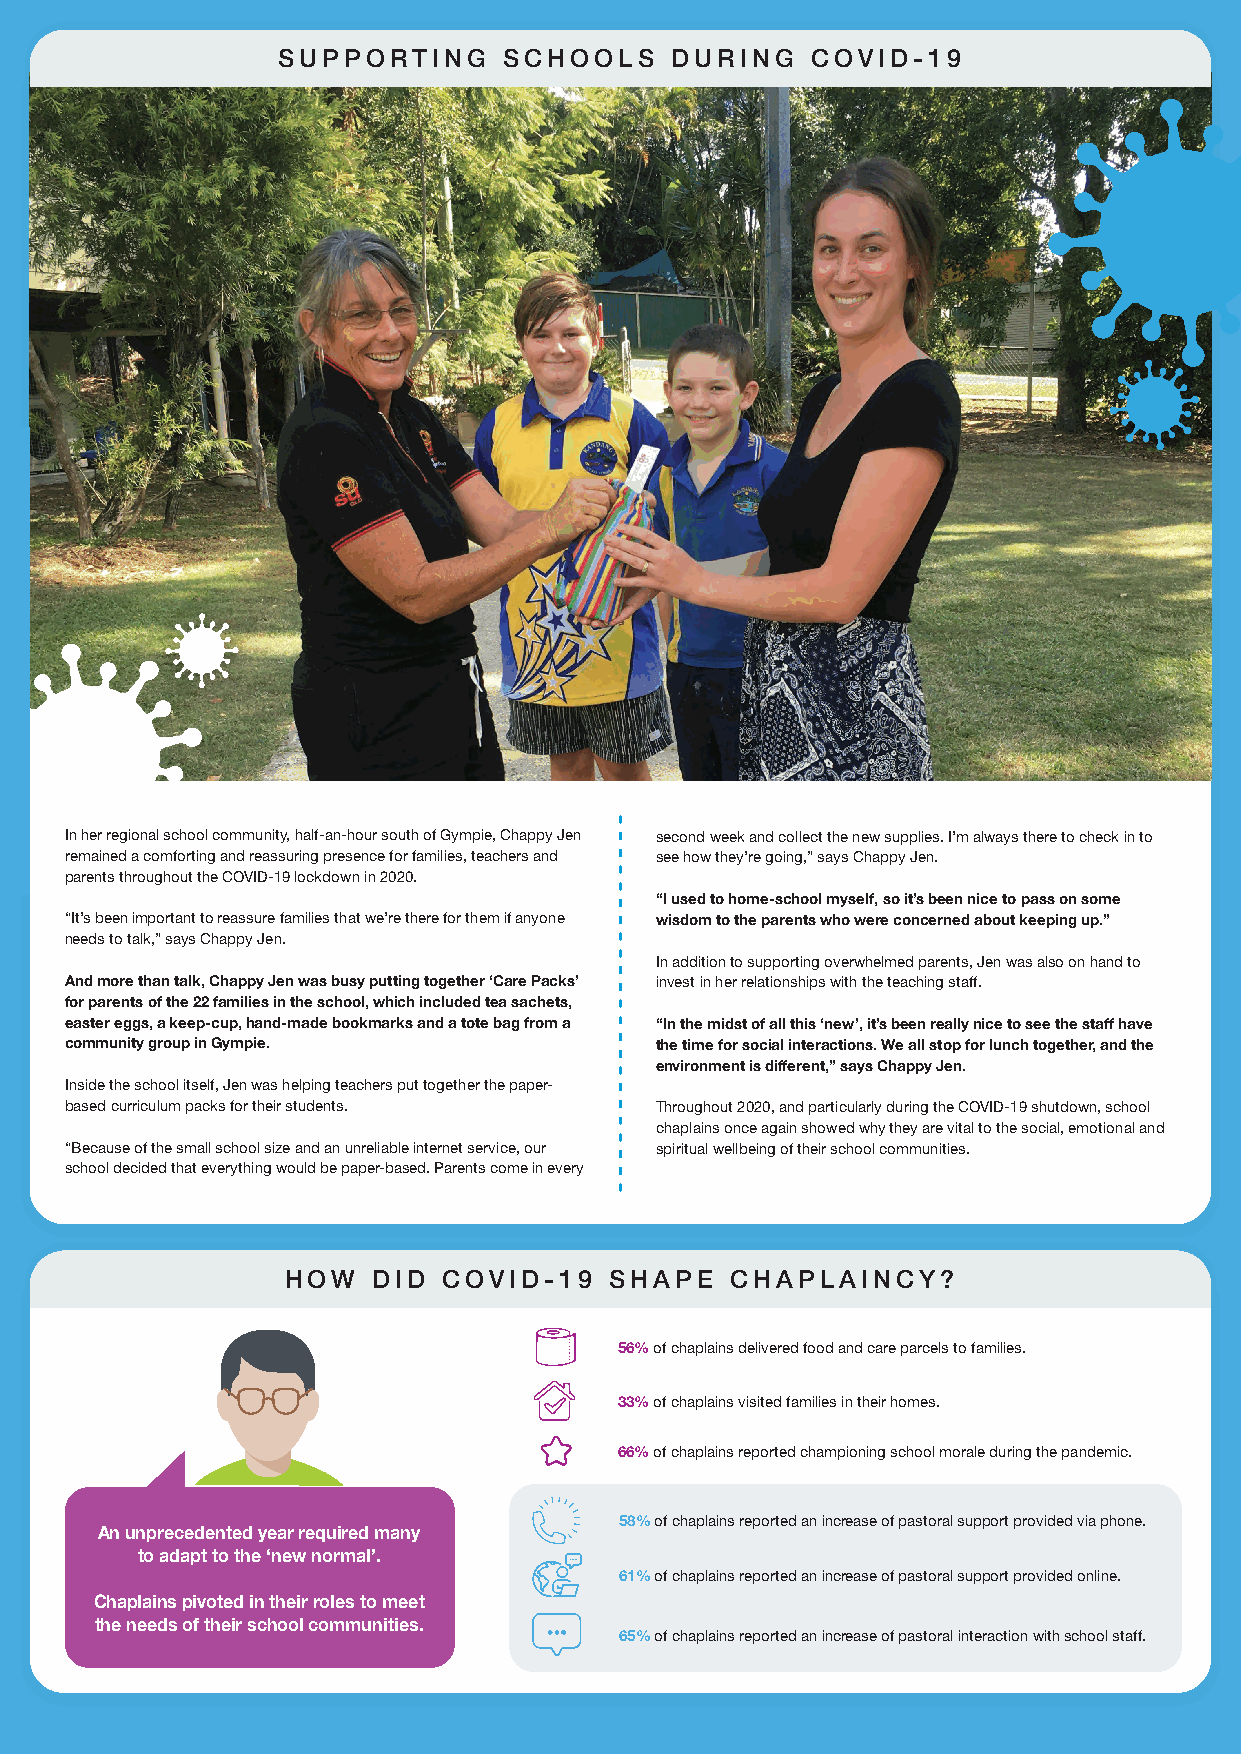
SUPPORTING     SCHOOLS    DURING    COVID-19
 In her regional school community, half-an-hour south of Gympie, Chappy Jen second week and collect the new supplies. I’m always there to check in to
 remained a comforting and reassuring presence for families, teachers and see how they’re going,” says Chappy Jen.
 parents throughout the COVID-19 lockdown in 2020.
 “I used to home-school myself, so it’s been nice to pass on some
 “It’s been important to reassure families that we’re there for them if anyone wisdom to the parents who were concerned about keeping up.”
 needs to talk,” says Chappy Jen.
 In addition to supporting overwhelmed parents, Jen was also on hand to
 And more than talk, Chappy Jen was busy putting together ‘Care Packs’ invest in her relationships with the teaching staff.
 for parents of the 22 families in the school, which included tea sachets,
 easter eggs, a keep-cup, hand-made bookmarks and a tote bag from a “In the midst of all this ‘new’, it’s been really nice to see the staff have
 community group in Gympie.             the time for social interactions. We all stop for lunch together, and the
 environment is different,” says Chappy Jen.
 Inside the school itself, Jen was helping teachers put together the paper-
 based curriculum packs for their students. Throughout 2020, and particularly during the COVID-19 shutdown, school
 chaplains once again showed why they are vital to the social, emotional and
 “Because of the small school size and an unreliable internet service, our spiritual wellbeing of their school communities.
 school decided that everything would be paper-based. Parents come in every
 HOW   DID COVID-19   SHAPE   CHAPLAINCY?
 56% of chaplains delivered food and care parcels to families.
 33% of chaplains visited families in their homes.
 66% of chaplains reported championing school morale during the pandemic.
 58% of chaplains reported an increase of pastoral support provided via phone.
 An unprecedented year required many
 to adapt to the ‘new normal’.
 61% of chaplains reported an increase of pastoral support provided online.
 Chaplains pivoted in their roles to meet
 the needs of their school communities.
 65% of chaplains reported an increase of pastoral interaction with school staff.